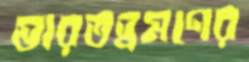
ভারতভ্রমণের